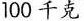
100千克